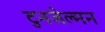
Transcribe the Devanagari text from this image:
टुनजेल्मन